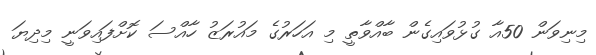
މިނިވަން 50އާ ގުޅުވައިގެން ބާއްވާތީ މި އަހަރުގެ މައުރަޒު ހާއްސަ ކޮށްފައިވަނީ މިދިޔަ